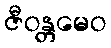
ဇီဝန္တမေဝ